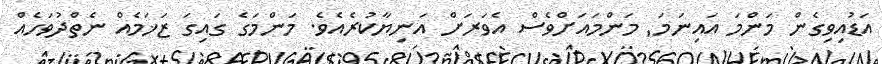
އަޑުއިވިގެން މަންމަ އައިނަމަ